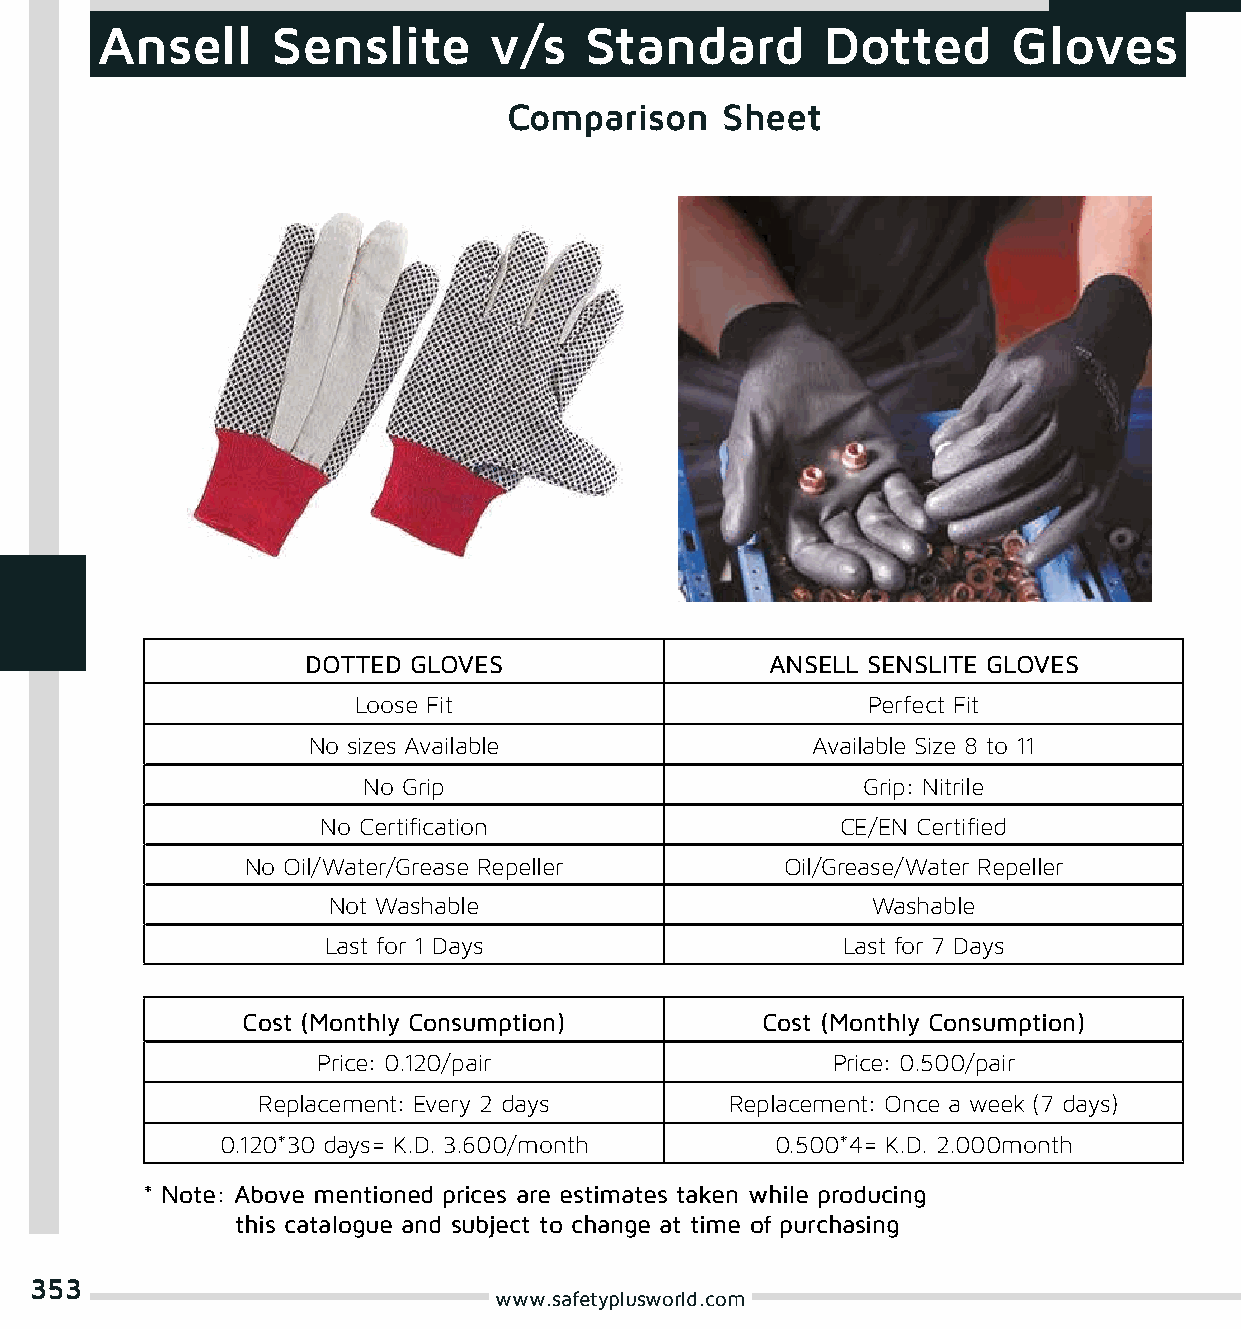
Ansell      Senslite      v/s    Standard       Dotted       Gloves
 Comparison    Sheet
 DOTTED GLOVES                  ANSELL SENSLITE GLOVES
 Loose Fit                        Perfect Fit
 No sizes Available                Available Size 8 to 11
 No Grip                          Grip: Nitrile
 No Certification                   CE/EN Certified
 No Oil/Water/Grease Repeller        Oil/Grease/Water Repeller
 Not Washable                        Washable
 Last for 1 Days                   Last for 7 Days
 Cost (Monthly Consumption)        Cost (Monthly Consumption)
 Price: 0.120/pair                 Price: 0.500/pair
 Replacement: Every 2 days      Replacement: Once a week (7 days)
 0.120*30 days= K.D. 3.600/month     0.500*4= K.D. 2.000month
 * Note: Above mentioned prices are estimates taken while producing
 this catalogue and subject to change at time of purchasing
 353
 www.safetyplusworld.com